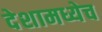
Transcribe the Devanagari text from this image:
देशामध्येच